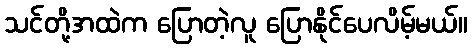
သင်တို့အထဲက ပြောတဲ့လူ ပြောနိုင်ပေလိမ့်မယ်။